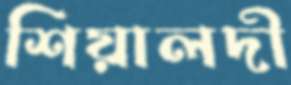
শিয়ালদী